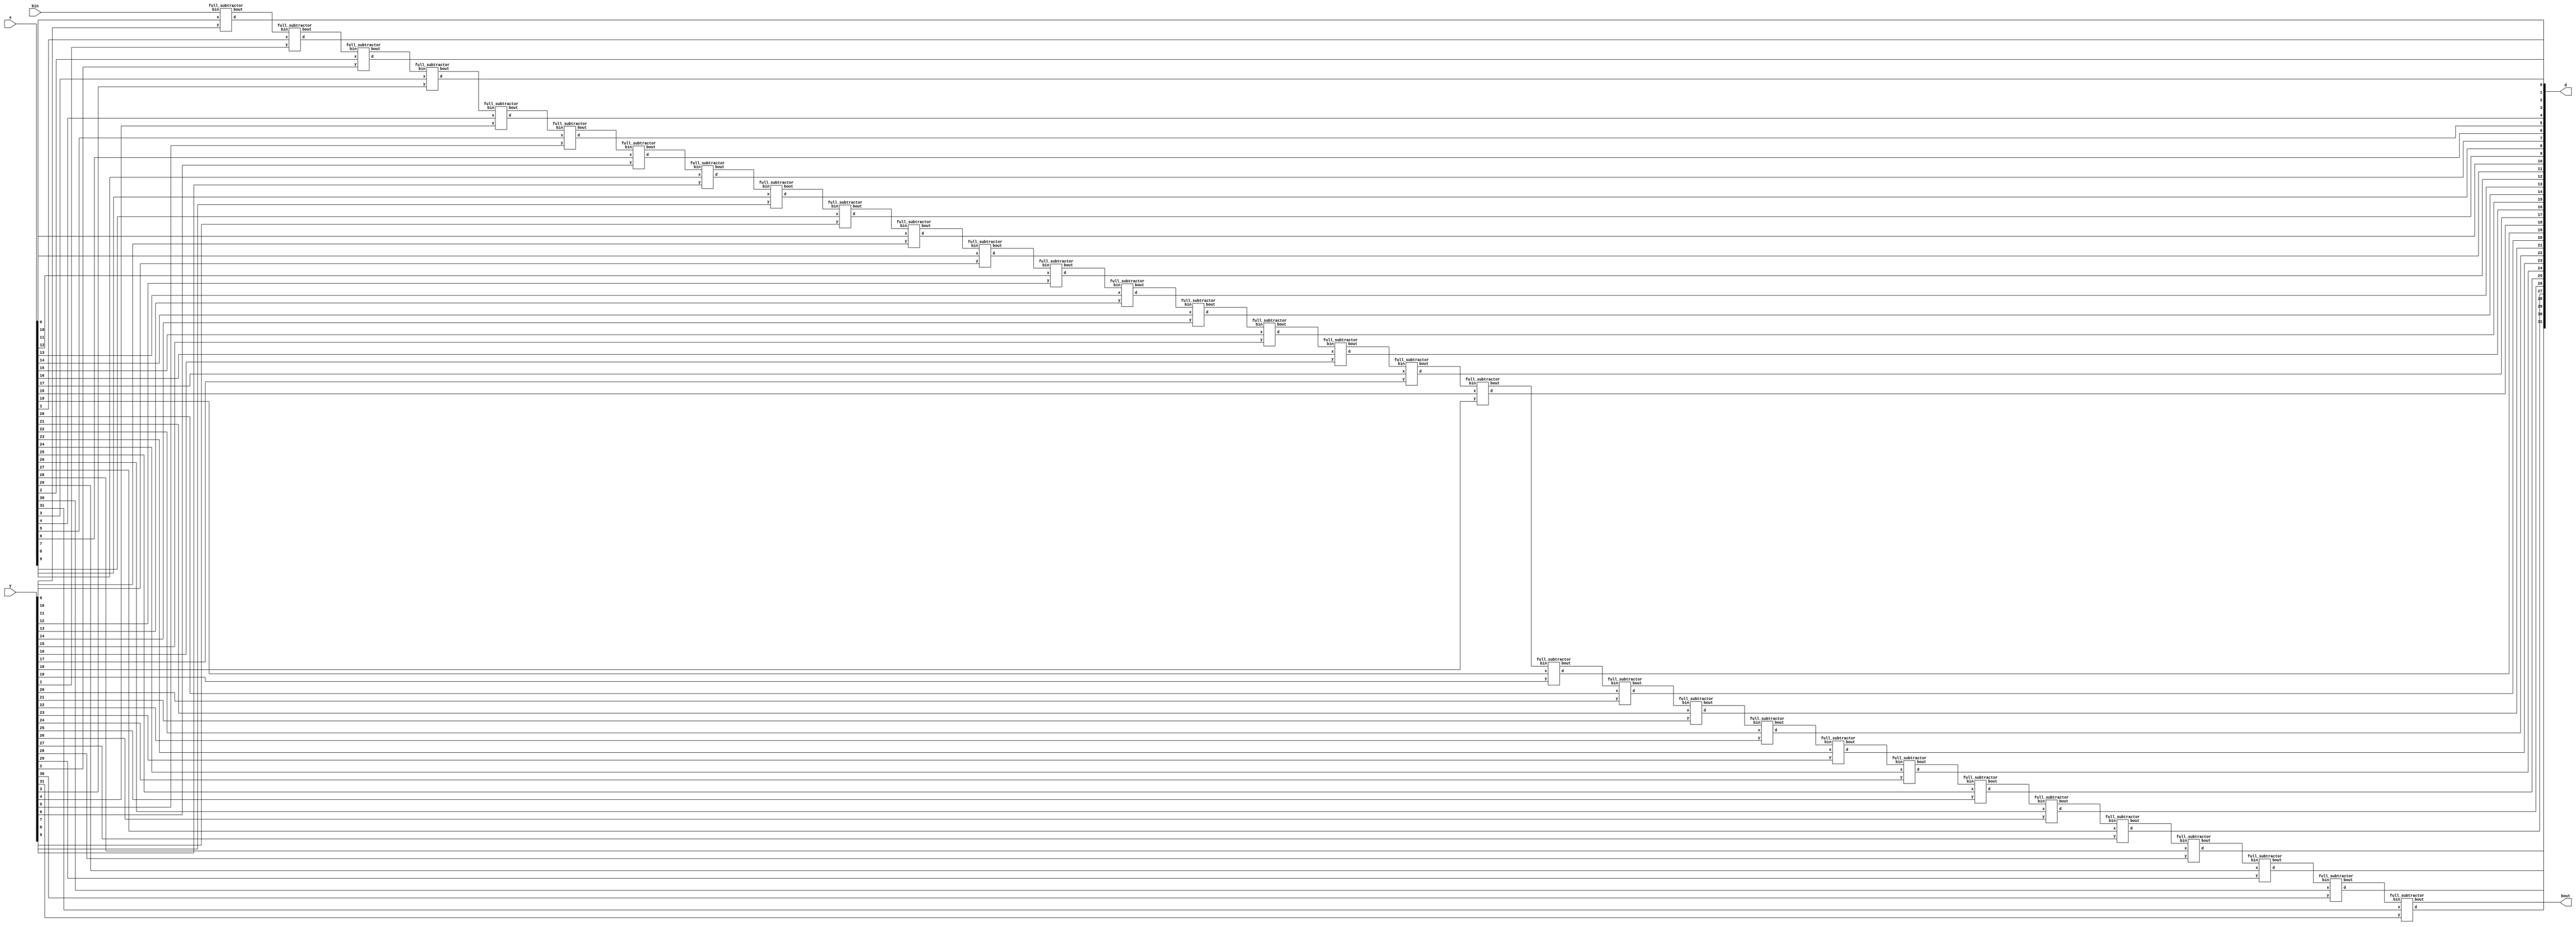
module full_sub_32 (x,y,bin,bout,d);
    input [31:0] x,y;
    input bin;
    output [31:0] d;
    output bout;

    wire [31:0] carry;

    genvar i;
    generate
    for(i=0;i<32;i=i+1)
        begin
            if (i==0) full_subtractor f1(x[i],y[i],bin,carry[i],d[i]);
            else full_subtractor f1(x[i],y[i],carry[i-1],carry[i],d[i]);
        end    
    endgenerate

    assign bout = carry[31];

endmodule

module full_subtractor(x,y,bin,bout,d);
    input wire x,y,bin;
    output wire bout,d;
    wire b_temp,d_temp,a1,a2,a3,n1;
    
    xor s1 (d_temp,x,y);
    xor s2 (d,bin,d_temp);

    not c1 (n1,x);
    and c2 (a1,n1,bin);
    and c3 (a2,n1,y);
    and c4 (a3,y,bin);
    or c5 (b_temp,a1,a2);
    or c6 (bout,a3,b_temp);

endmodule

// module half_subtractor (x,y,d,bout);
//     input x,y;
//     output d,bout;
//     wire xnot,ynot;
//     not n1 (xnot,x);
//     not n2 (ynot,y);
//     xor s1 (d,x,y);
//     and s2 (bout,xnot,y);
// endmodule